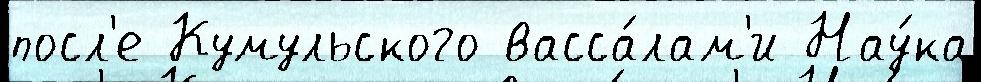
посл'е Кумульского васса́лам'и Нау́ка